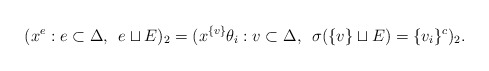
\begin{align*}(x^{e}: e \subset \Delta, \enskip e \sqcup E )_2 = (x^{\{v\}} \theta_{i}: v \subset \Delta, \enskip \sigma(\{v\} \sqcup E) = \{v_i\}^c)_2.\end{align*}